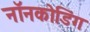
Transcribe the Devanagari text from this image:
नॉनकोडिंग